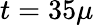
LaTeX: t=35\mu